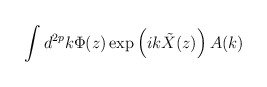
\begin{align*}\int d^{2p} k \Phi(z) \exp \left(i k\tilde{X}(z)\right)A(k)\end{align*}